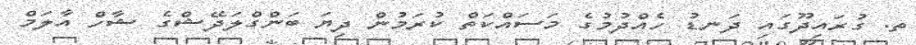
ތ. ގުރައިދޫގައި ދަނޑު ހެއްދުމުގެ މަސައްކަތް ކުރަމުން ދިޔަ ބަންގްލަދޭޝްގެ ޝާހް އާލަމް